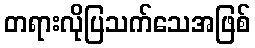
တရားလိုပြသက်သေအဖြစ်